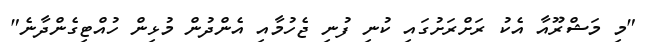
"މި މަޝްރޫއާ އެކު ރަށްރަށުގައި ކުނި ފުނި ޖެހުމާއި އެންދުން މުޅިން ހުއްޓިގެންދާނެ"